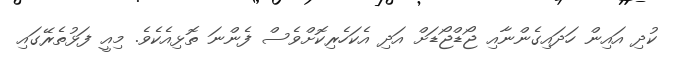
ކުދި އައިން ހަދައިގެންނާއި ޖޯޑްޖޯޑަށް އަދި އެކަހެރިކޮށްވެސް ފެންނަ ތޮޅިއެކެވެ. މިއީ ފަޅުތެރޭގައި